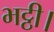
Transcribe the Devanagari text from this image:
भट्ठी।